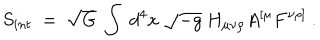
LaTeX: S _ { i n t } ~ = ~ \sqrt { G } ~ \int ~ d ^ { 4 } x ~ \sqrt { - g } ~ H _ { \mu \nu \rho } A ^ { [ \mu } F ^ { \nu \rho ] } ~ .